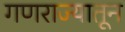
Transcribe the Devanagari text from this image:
गणराज्यातून